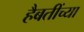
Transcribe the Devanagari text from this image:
हैबतींच्या